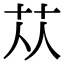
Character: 苁